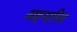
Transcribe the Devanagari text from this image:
अहमस्मि